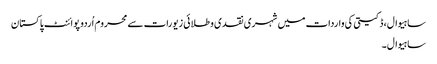
ساہیوال، ڈکیتی کی واردات میں شہری نقدی و طلائی زیورات سے محروم اُردو پوائنٹ پاکستان
ساہیوال۔